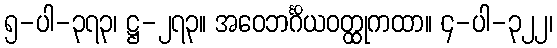
၅-ပါ-၃၇၃၊ ဋ္ဌ-၂၇၃။ အဝေဘင်္ဂိယဝတ္ထုကထာ။ ၄-ပါ-၃၂၂၊